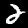
Digit: 2